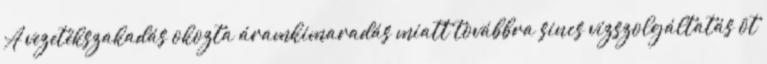
A vezetékszakadás okozta áramkimaradás miatt továbbra sincs vízszolgáltatás öt